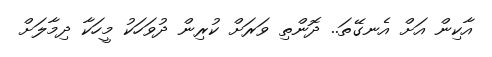
އާކިން އަށް އެނގޭތަ.. ދޮންތި ވަރަށް ކުރިން ދުވަހަކު މީހަކާ ދިމާލަށް